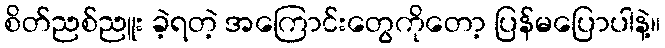
စိတ်ညစ်ညူး ခဲ့ရတဲ့ အကြောင်းတွေကိုတော့ ပြန်မပြောပါနဲ့။